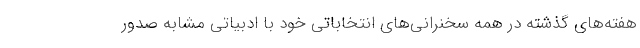
هفته‌های گذشته در همه سخنرانی‌های انتخاباتی خود با ادبیاتی مشابه صدور